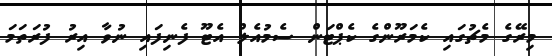
މިރޭގެ މެޗުގައި ކެމަރޫންގެ ކެޕްޓަން ސެމުއެލް އެޓޫ ފެނިފައި ނުވާ އިރު ފުރަތަމަ